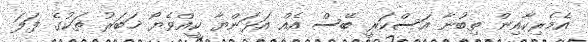
އެމެރިކާއިން ތިބުނާ އަސްކަރީ ބޭސް އެއް އަޅަންޔާ ކީއްވެޔޯ ޚަބަރު ތަކުގެ ފަލަ